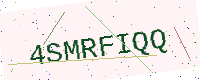
Text: 4SMRFIQQ